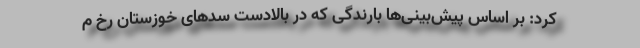
کرد: بر اساس پیش‌بینی‌ها بارندگی که در بالادست سدهای خوزستان رخ م